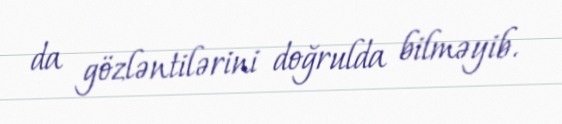
da gözləntilərini doğrulda bilməyib.